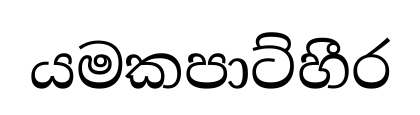
යමකපාට්හීර